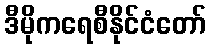
ဒီမိုကရေစီနိုင်ငံတော်